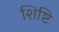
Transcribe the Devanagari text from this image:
शिष्टि